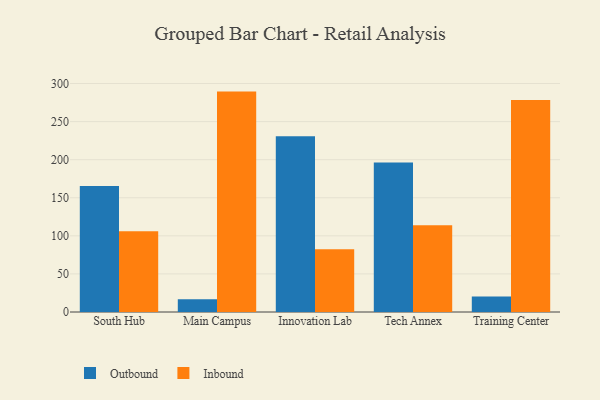
{"axis": {"x": "Campus", "y": "Churn Rate (%)"}, "legend": ["Inbound", "Outbound"], "data": [{"x": "South Hub", "y": 165.5, "type": "Outbound"}, {"x": "South Hub", "y": 105.9, "type": "Inbound"}, {"x": "Main Campus", "y": 16.7, "type": "Outbound"}, {"x": "Main Campus", "y": 289.4, "type": "Inbound"}, {"x": "Innovation Lab", "y": 230.9, "type": "Outbound"}, {"x": "Innovation Lab", "y": 82.3, "type": "Inbound"}, {"x": "Tech Annex", "y": 196.3, "type": "Outbound"}, {"x": "Tech Annex", "y": 114.0, "type": "Inbound"}, {"x": "Training Center", "y": 20.5, "type": "Outbound"}, {"x": "Training Center", "y": 278.5, "type": "Inbound"}]}